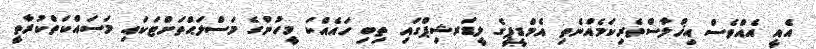
އެއީ އެއްވެސް އިޚްލާސްތެރިކަމެއްނެތި އެމްޑީޕީގެ ލީޑަރޝިޕްގައި ތިބި ހައެއްކަ މީހުންގެ މަސްލަޙްތަށްޓަކައި މަސައްކަތްކުރާތީ